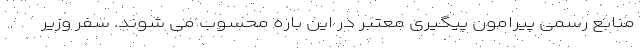
منابع رسمی پیرامون پیگیری معتبر در این باره محسوب می شوند. سفر وزیر